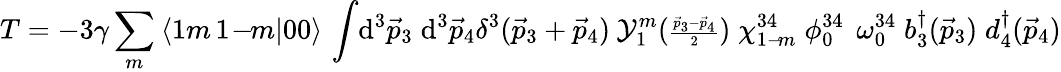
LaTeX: T=-3\gamma\sum_{m}\: \langle 1m\, 1\! -\! \! m|00\rangle\, \int\! \mathrm{d}^{3}\vec{p}_{3}\; \mathrm{d}^{3}\vec{p}_{4}\delta^{3}(\vec{p}_{3}+\vec{p}_{4})\: {\cal Y}_{1}^{m}({\scriptstyle\frac{\vec{p}_{3}-\vec{p}_{4}}{2}})\; \chi_{1-\! m}^{34}\; \phi_{0}^{34}\; \, \omega_{0}^{34}\; b_{3}^{\dagger}(\vec{p}_{3})\; d_{4}^{\dagger}(\vec{p}_{4})